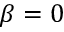
\beta = 0